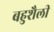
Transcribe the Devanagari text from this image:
बहुशैली